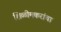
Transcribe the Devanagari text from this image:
शिळीमकरांचा